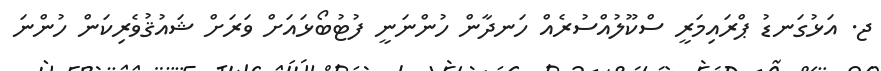
ޖ. އަޅުގަނޑު ޕްރައިމަރީ ސްކޫލުއްސުރެއް ހަނދާން ހުންނަނީ ފުޓުބޯޅައަށް ވަރަށް ޝައުޤުވެރިކަން ހުންނަ